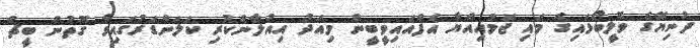
ދުނިޔޭގެ ވޮލީބޯޅައިގެ މައި ޖަމުއިއްޔާ އެފްއައިވީބީން މިއަދު އިއުލާންކުރި ކަލަންޑަރުގައިވާ ގޮތުން ބީޗް